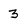
Character: 3